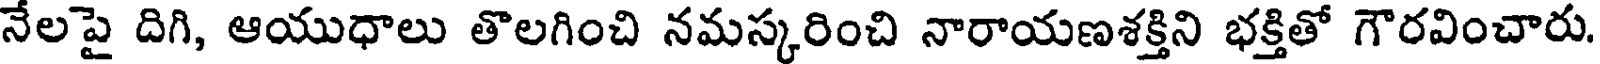
నేలపై దిగి, ఆయుధాలు తొలగించి నమస్కరించి నారాయణశక్తిని భక్తితో గౌరవించారు